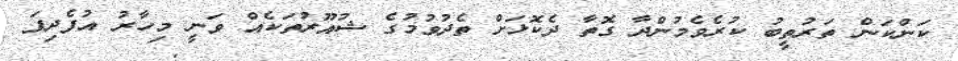
ކަންކަން ތަރުތީބު ކުރެވެމުންދާ ގޮތާ ދެކޮޅަށް ތެދުވުމުގެ ޝުއޫރުތަކެއް ވަނީ މިހާރު އުފެދިފަ